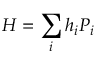
H = \sum _ { i } h _ { i } P _ { i }